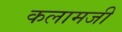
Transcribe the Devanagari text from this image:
कलामजी